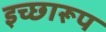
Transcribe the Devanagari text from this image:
इच्छारूप